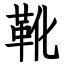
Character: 靴